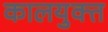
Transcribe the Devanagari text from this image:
कालयुक्त